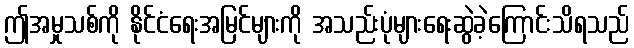
ဤအမှုသစ်ကို နိုင်ငံရေးအမြင်များကို အသည်းပုံများရေးဆွဲခဲ့ကြောင်းသိရသည်